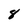
Character: 8